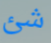
شئ